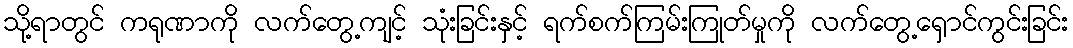
သို့ရာတွင် ကရုဏာကို လက်တွေ့ကျင့် သုံးခြင်းနှင့် ရက်စက်ကြမ်းကြုတ်မှုကို လက်တွေ့ရှောင်ကွင်းခြင်း